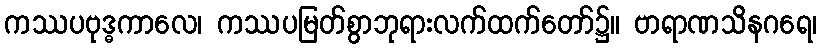
ကဿပဗုဒ္ဓကာလေ၊ ကဿပမြတ်စွာဘုရားလက်ထက်တော်၌။ ဗာရာဏသိနဂရေ၊